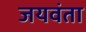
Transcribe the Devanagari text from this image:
जयवंता